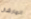
المارشال